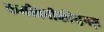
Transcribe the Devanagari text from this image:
कमीवनीकीस़नज़